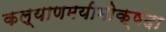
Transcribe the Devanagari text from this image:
कल्याणमयीमोक्षदा